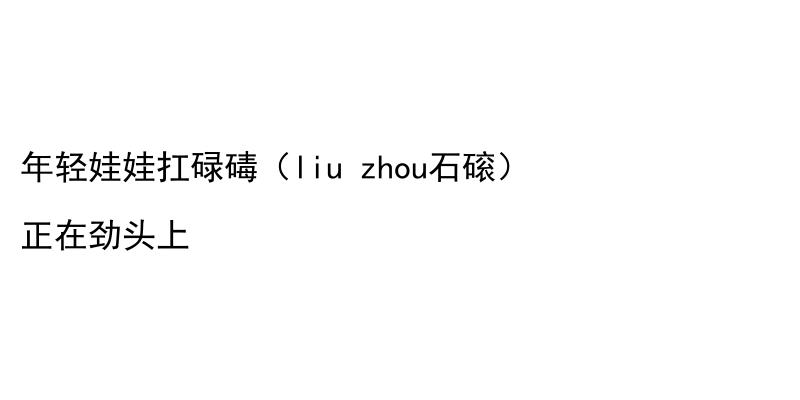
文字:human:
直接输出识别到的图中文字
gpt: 年轻娃娃扛碌碡（liu zhou石磙） 正在劲头上